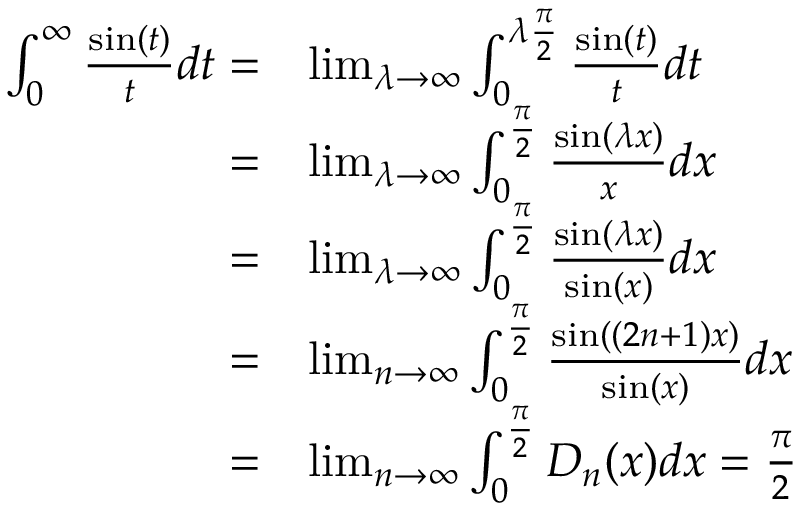
{ \begin{array} { r l } { \int _ { 0 } ^ { \infty } { \frac { \sin ( t ) } { t } } d t = } & { \operatorname* { l i m } _ { \lambda \to \infty } \int _ { 0 } ^ { \lambda { \frac { \pi } { 2 } } } { \frac { \sin ( t ) } { t } } d t } \\ { = } & { \operatorname* { l i m } _ { \lambda \to \infty } \int _ { 0 } ^ { \frac { \pi } { 2 } } { \frac { \sin ( \lambda x ) } { x } } d x } \\ { = } & { \operatorname* { l i m } _ { \lambda \to \infty } \int _ { 0 } ^ { \frac { \pi } { 2 } } { \frac { \sin ( \lambda x ) } { \sin ( x ) } } d x } \\ { = } & { \operatorname* { l i m } _ { n \to \infty } \int _ { 0 } ^ { \frac { \pi } { 2 } } { \frac { \sin ( ( 2 n + 1 ) x ) } { \sin ( x ) } } d x } \\ { = } & { \operatorname* { l i m } _ { n \to \infty } \int _ { 0 } ^ { \frac { \pi } { 2 } } D _ { n } ( x ) d x = { \frac { \pi } { 2 } } } \end{array} }